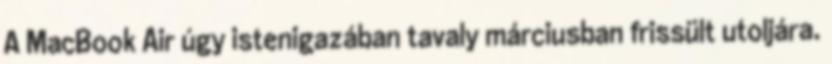
A MacBook Air úgy istenigazában tavaly márciusban frissült utoljára.